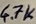
Text: 4.7K